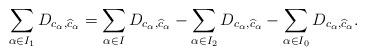
LaTeX: \begin{align*}\sum_{\alpha\in I_1} D_{c_\alpha,\widehat{c}_\alpha}=\sum_{\alpha\in I}D_{c_\alpha,\widehat{c}_\alpha}-\sum_{\alpha\in I_2}D_{c_\alpha,\widehat{c}_\alpha}-\sum_{\alpha\in I_0}D_{c_\alpha,\widehat{c}_\alpha}.\end{align*}